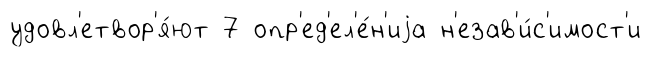
удовл'етвор'я́ют 7 опр'ед'ел'е́н'иjа н'езав'и́с'имост'и